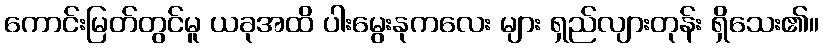
ကောင်းမြတ်တွင်မူ ယခုအထိ ပါးမွေးနုကလေး များ ရှည်လျားတုန်း ရှိသေး၏။